Civil Veterinary Dept. Bombay admin report 1914-1922 - 1914-1922
Year: 1914
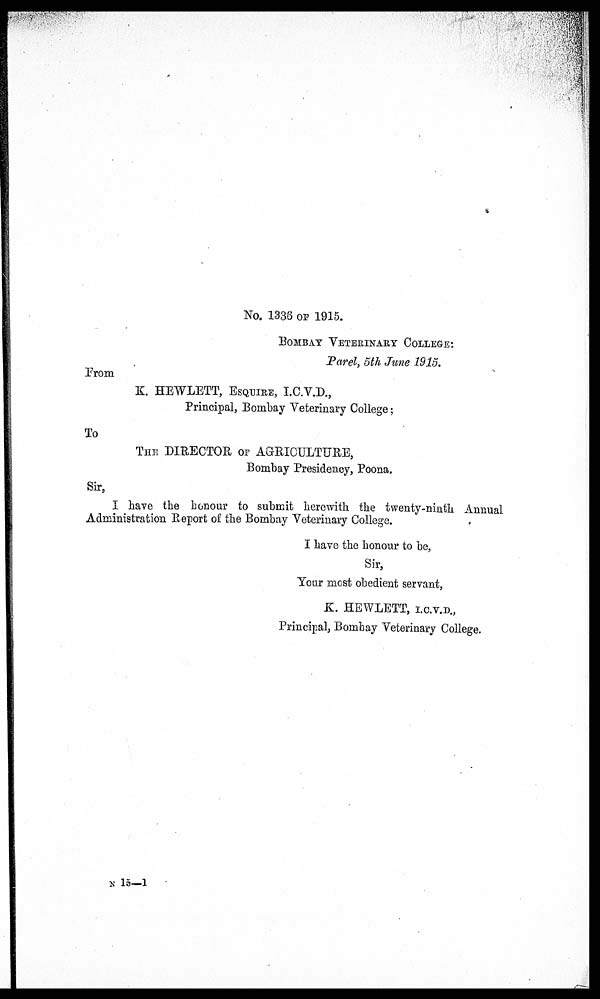
No. 1336 OF 1915.
BOMBAY VETERINARY COLLEGE :
Parel, 5th June 1915,
From
K. HEWLETT, ESQUIRE, I.C.V.D.,
Principal, Bombay Veterinary College;
To
THE DIRECTOR OF AGRICULTURE,
Bombay Presidency, Poona.
Sir,
I have the honour to submit herewith the twenty-ninth Annual
Administration Report of the Bombay Veterinary College.
I have the honour to be,
Sir,
Your most obedient servant,
K. HEWLETT, I.C.V.D.,
Principal, Bombay Veterinary College.
N 15—1